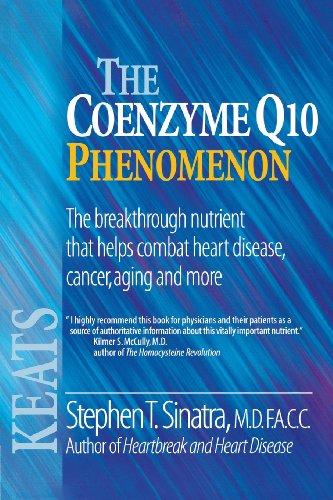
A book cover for The Coenzyme Q10 Phenomenon; Stephen T., M.D. Sinatra; Health, Fitness & Dieting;